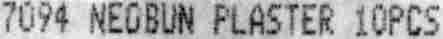
7094 NEOBUN PLASTER 10PCS